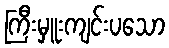
ကြီးမှူးကျင်းပသော